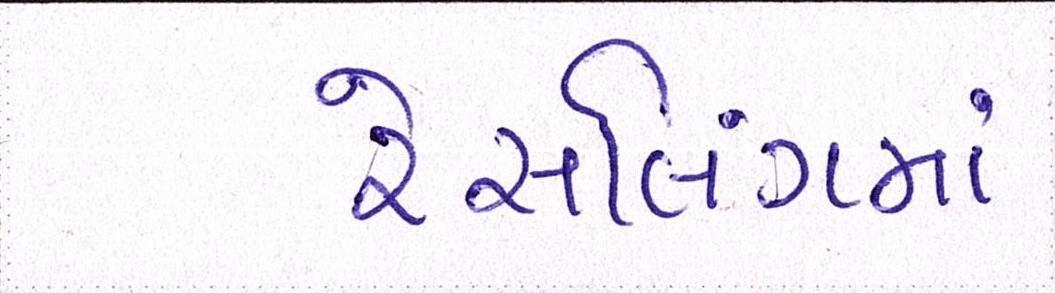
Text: રેસલિંગમાં